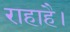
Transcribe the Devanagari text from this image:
राहाहै।